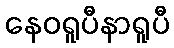
နေဝရူပီနာရူပီ